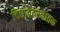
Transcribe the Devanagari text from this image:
विद्याव्रतस्नातक